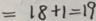
= 1 8 + 1 = 1 9